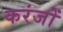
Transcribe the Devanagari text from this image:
करंजों